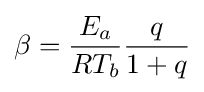
\beta ={\frac {E_{a}}{RT_{b}}}{\frac {q}{1+q}}